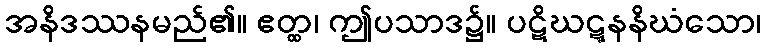
အနိဒဿနမည်၏။ ဧတ္ထ၊ ဤပသာဒ၌။ ပဋိဃဋ္ဋနနိဃံသော၊